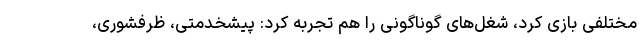
مختلفی بازی کرد، شغل‌های گوناگونی را هم تجربه کرد: پیشخدمتی، ظرفشوری،